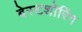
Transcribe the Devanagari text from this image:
बेस्टशोरिंग